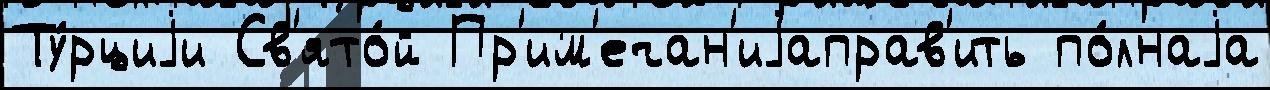
Ту́рциjи Св'ято́й Пр'им'ечан'иjаправ'ить по́лнаjа